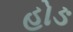
હોઙ